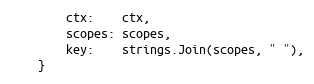
Language: Go
		ctx:    ctx,
		scopes: scopes,
		key:    strings.Join(scopes, " "),
	}